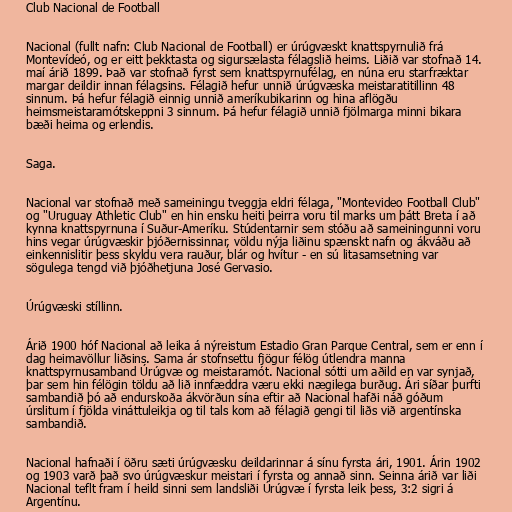
Club Nacional de Football

Nacional (fullt nafn: Club Nacional de Football) er úrúgvæskt knattspyrnulið frá
Montevídeó, og er eitt þekktasta og sigursælasta félagslið heims. Liðið var stofnað 14.
maí árið 1899. Það var stofnað fyrst sem knattspyrnufélag, en núna eru starfræktar
margar deildir innan félagsins. Félagið hefur unnið úrúgvæska meistaratitillinn 48
sinnum. Þá hefur félagið einnig unnið ameríkubikarinn og hina aflögðu
heimsmeistaramótskeppni 3 sinnum. Þá hefur félagið unnið fjölmarga minni bikara
bæði heima og erlendis.

Saga.

Nacional var stofnað með sameiningu tveggja eldri félaga, "Montevideo Football Club"
og "Uruguay Athletic Club" en hin ensku heiti þeirra voru til marks um þátt Breta í að
kynna knattspyrnuna í Suður-Ameríku. Stúdentarnir sem stóðu að sameiningunni voru
hins vegar úrúgvæskir þjóðernissinnar, völdu nýja liðinu spænskt nafn og ákváðu að
einkennislitir þess skyldu vera rauður, blár og hvítur - en sú litasamsetning var
sögulega tengd við þjóðhetjuna José Gervasio.

Úrúgvæski stíllinn.

Árið 1900 hóf Nacional að leika á nýreistum Estadio Gran Parque Central, sem er enn í
dag heimavöllur liðsins. Sama ár stofnsettu fjögur félög útlendra manna
knattspyrnusamband Úrúgvæ og meistaramót. Nacional sótti um aðild en var synjað,
þar sem hin félögin töldu að lið innfæddra væru ekki nægilega burðug. Ári síðar þurfti
sambandið þó að endurskoða ákvörðun sína eftir að Nacional hafði náð góðum
úrslitum í fjölda vináttuleikja og til tals kom að félagið gengi til liðs við argentínska
sambandið.

Nacional hafnaði í öðru sæti úrúgvæsku deildarinnar á sínu fyrsta ári, 1901. Árin 1902
og 1903 varð það svo úrúgvæskur meistari í fyrsta og annað sinn. Seinna árið var liði
Nacional teflt fram í heild sinni sem landsliði Úrúgvæ í fyrsta leik þess, 3:2 sigri á
Argentínu.